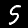
Digit: 5